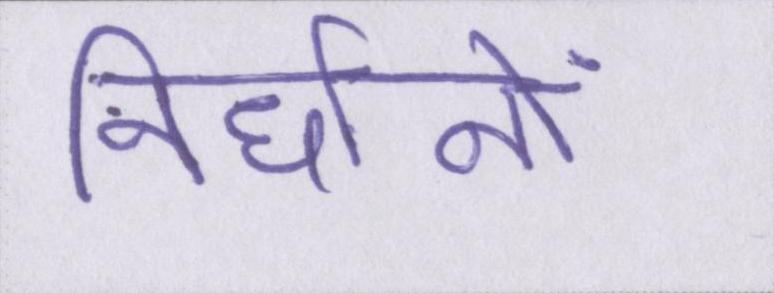
निर्धानों